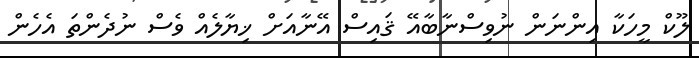
ލޫކް މީހަކާ އިންނަން ނުވިސްނާބާއޭ ޤައިސް އޭނާއަށް ޚިޔާލެއް ވެސް ނުދެންތަ އެހެން